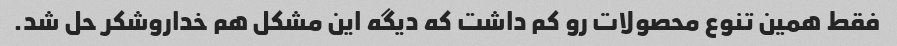
فقط همین تنوع محصولات رو کم داشت که دیگه این مشکل هم خداروشکر حل شد.